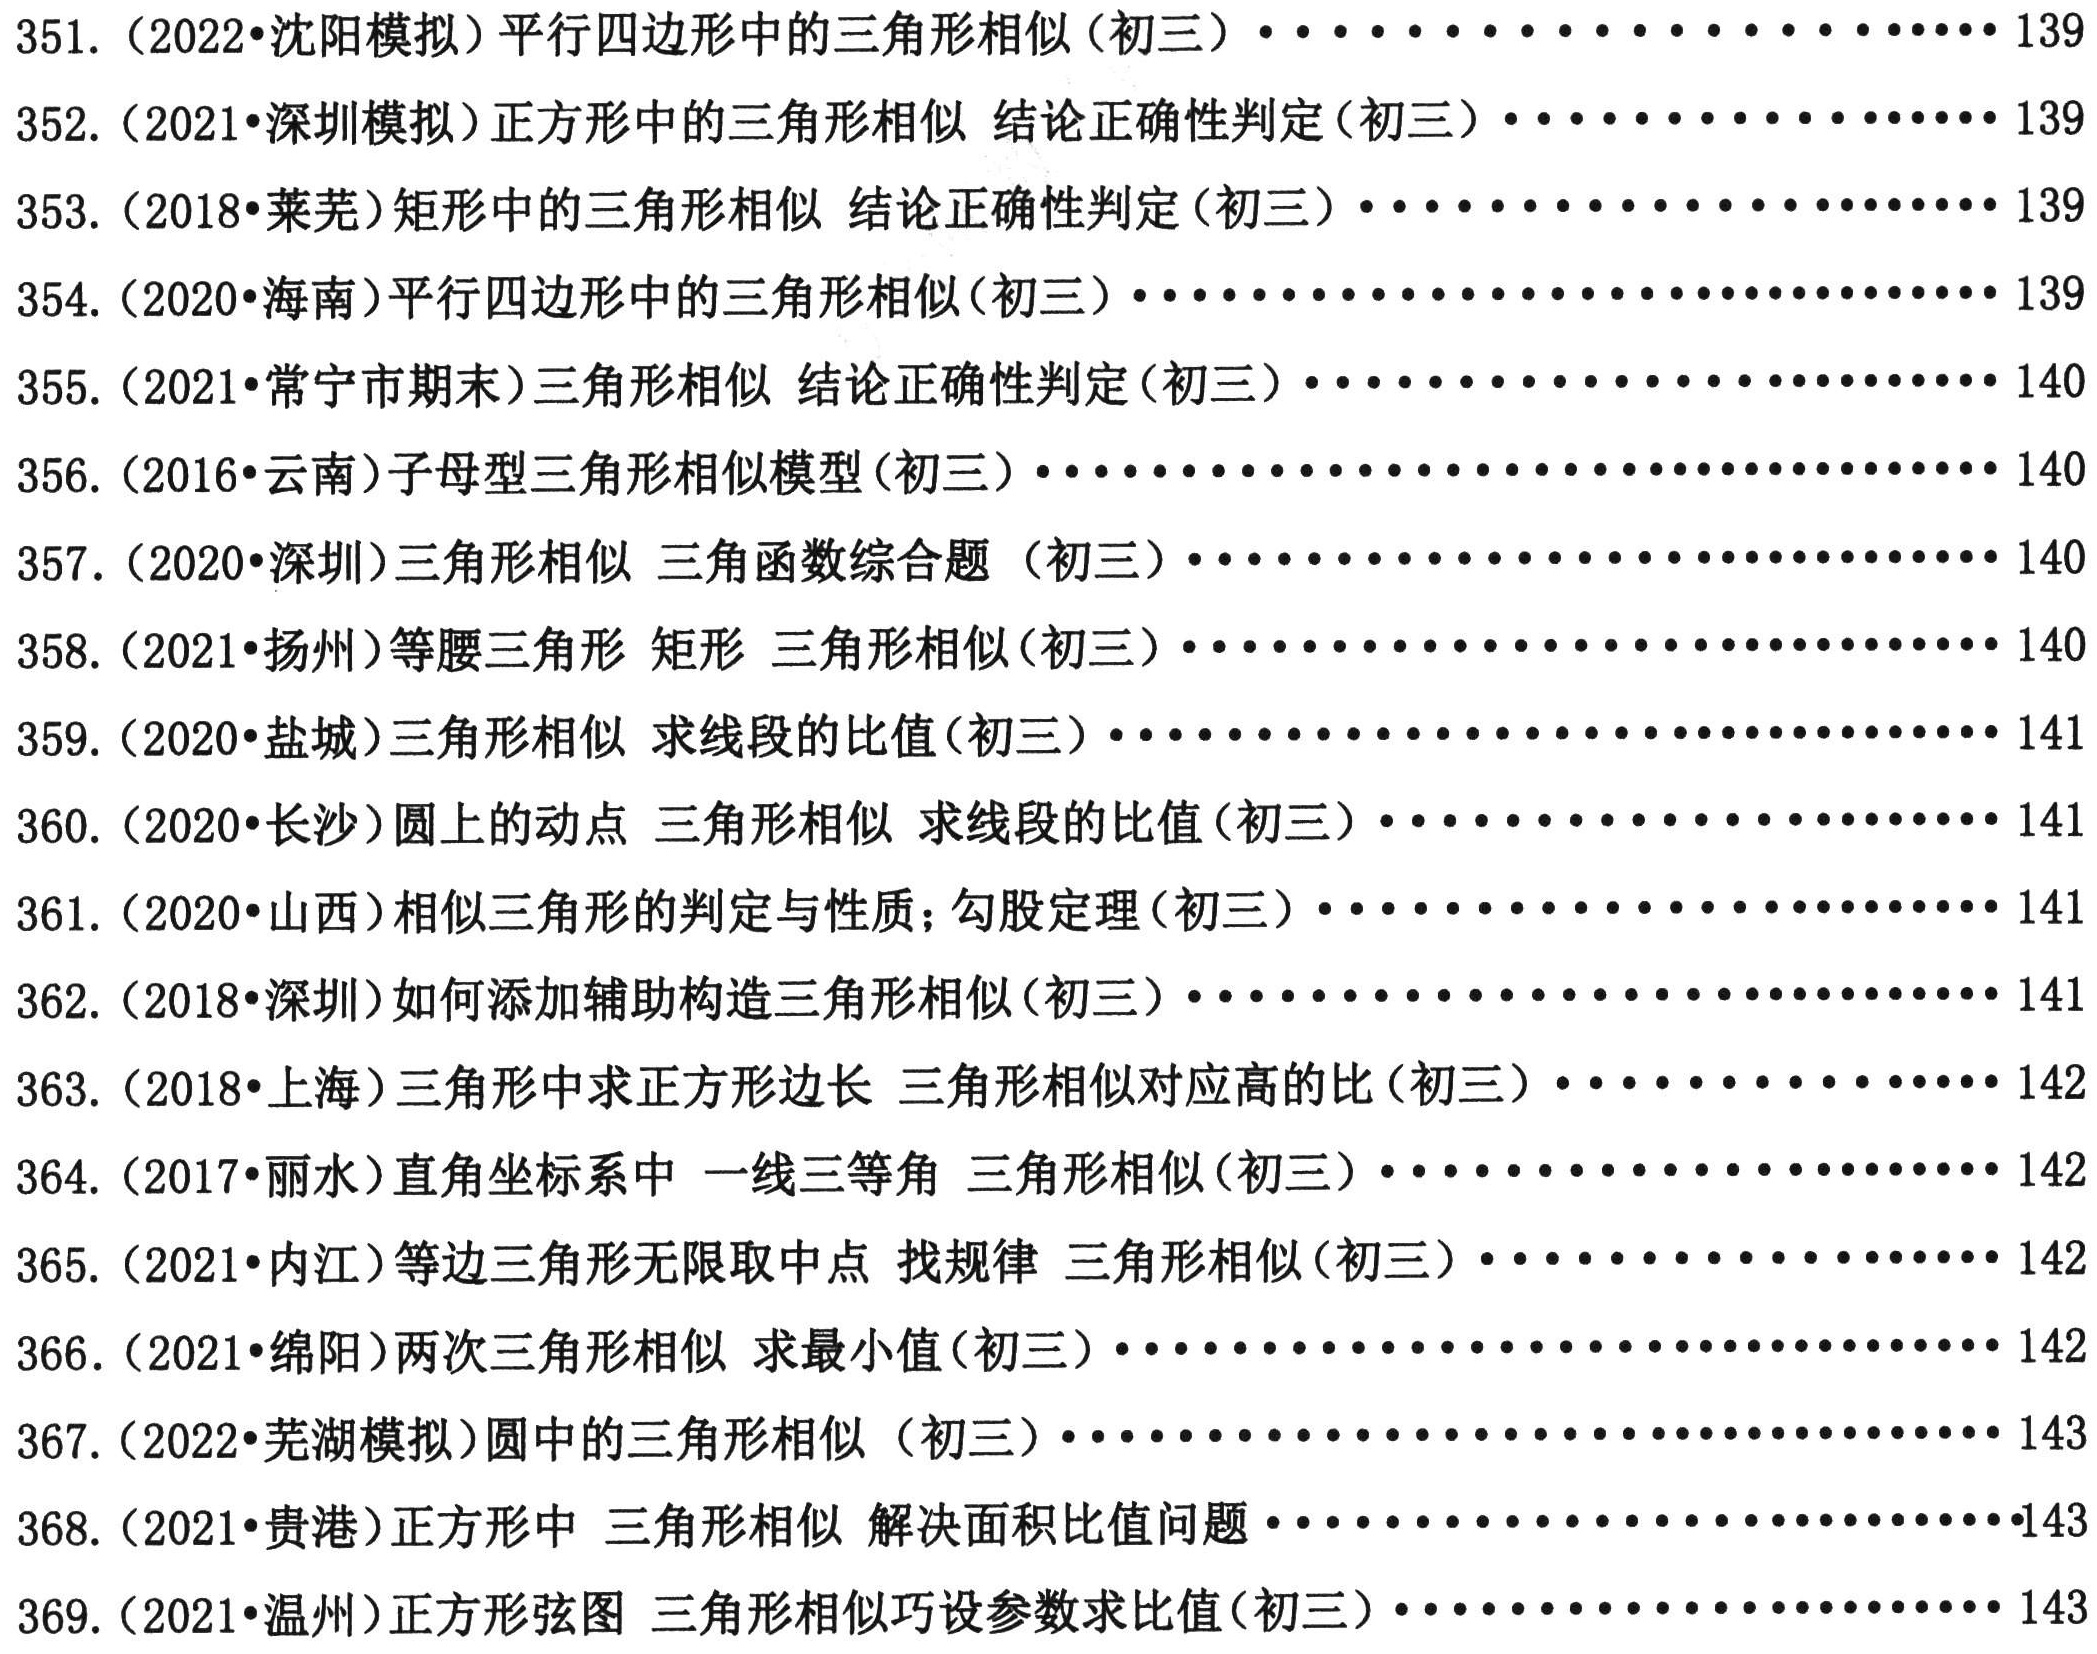
351. （2022•沈阳模拟）平行四边形中的三角形相似(初三) \cdots\cdots\cdots\cdots\cdots\cdots\cdots\cdots 139
352. （2021•深圳模拟）正方形中的三角形相似 结论正确性判定(初三) \cdots\cdots\cdots\cdots\cdots\cdots\cdots 139
353. （2018•莱芜）矩形中的三角形相似 结论正确性判定(初三) \cdots\cdots\cdots\cdots\cdots\cdots\cdots 139
354. （2020•海南）平行四边形中的三角形相似(初三) \cdots\cdots\cdots\cdots\cdots\cdots\cdots\cdots 139
355. （2021•常宁市期末）三角形相似 结论正确性判定(初三) \cdots\cdots\cdots\cdots\cdots\cdots\cdots 140
356. （2016•云南）子母型三角形相似模型(初三) \cdots\cdots\cdots\cdots\cdots\cdots\cdots\cdots 140
357. （2020•深圳）三角形相似 三角函数综合题(初三) \cdots\cdots\cdots\cdots\cdots\cdots\cdots\cdots 140
358. （2021•扬州）等腰三角形 矩形 三角形相似(初三) \cdots\cdots\cdots\cdots\cdots\cdots\cdots 140
359. （2020•盐城）三角形相似 求线段的比值(初三) \cdots\cdots\cdots\cdots\cdots\cdots\cdots\cdots 141
360. （2020•长沙）圆上的动点 三角形相似 求线段的比值(初三) \cdots\cdots\cdots\cdots\cdots\cdots\cdots 141
361. （2020•山西）相似三角形的判定与性质；勾股定理(初三) \cdots\cdots\cdots\cdots\cdots\cdots\cdots 141
362. （2018•深圳）如何添加辅助构造三角形相似(初三) \cdots\cdots\cdots\cdots\cdots\cdots\cdots\cdots 141
363. （2018•上海）三角形中求正方形边长 三角形相似对应高的比(初三) \cdots\cdots\cdots\cdots\cdots\cdots 142
364. （2017•丽水）直角坐标系中 一线三等角 三角形相似(初三) \cdots\cdots\cdots\cdots\cdots\cdots\cdots 142
365. （2021•内江）等边三角形无限取中点 找规律 三角形相似(初三) \cdots\cdots\cdots\cdots\cdots\cdots\cdots 142
366. （2021•绵阳）两次三角形相似 求最小值(初三) \cdots\cdots\cdots\cdots\cdots\cdots\cdots\cdots 142
367. （2022•芜湖模拟）圆中的三角形相似(初三) \cdots\cdots\cdots\cdots\cdots\cdots\cdots\cdots 143
368. （2021•贵港）正方形中 三角形相似 解决面积比值问题 \cdots\cdots\cdots\cdots\cdots\cdots\cdots 143
369. （2021•温州）正方形弦图 三角形相似巧设参数求比值(初三) \cdots\cdots\cdots\cdots\cdots\cdots\cdots 143